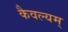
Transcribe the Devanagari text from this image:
कैवल्यम्